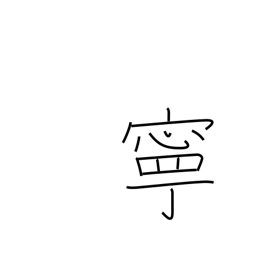
Meaning: preferably